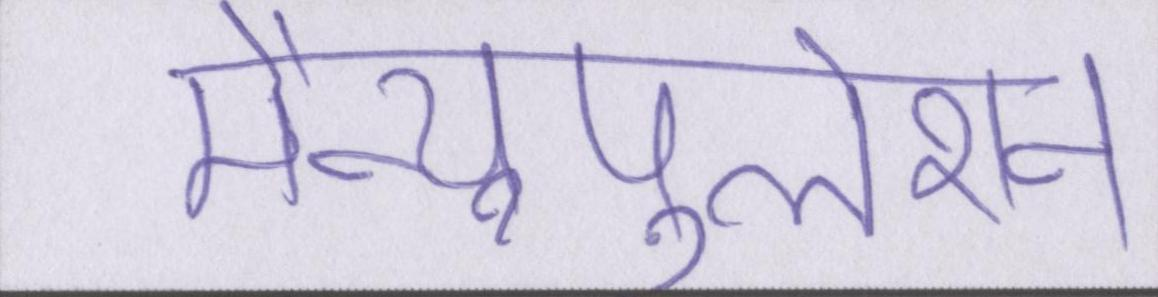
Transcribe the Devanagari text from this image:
मैन्युपुलेशन